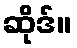
ဆိုဒ်။